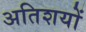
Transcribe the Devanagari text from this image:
अतिशयों